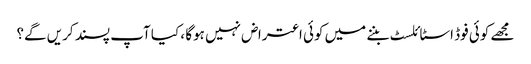
مجھے کوئی فوڈ اسٹائلسٹ بننے میں کوئی اعتراض نہیں ہوگا ، کیا آپ پسند کریں گے؟